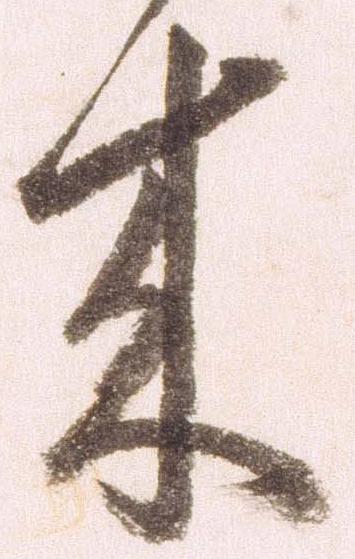
来